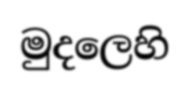
මුදලෙහි